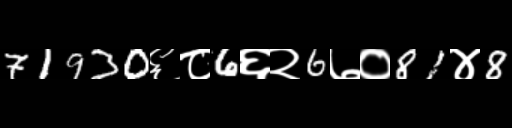
Text: 71930६८6६२6७०81४8